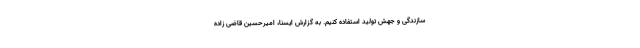
سازندگی و جهش تولید استفاده کنیم. به گزارش ایسنا، امیرحسین قاضی زاده